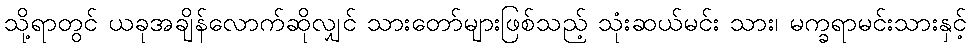
သို့ရာတွင် ယခုအချိန်လောက်ဆိုလျှင် သားတော်များဖြစ်သည့် သုံးဆယ်မင်း သား၊ မက္ခရာမင်းသားနှင့်